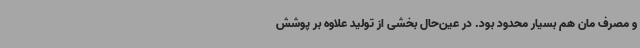
و مصرف مان هم بسیار محدود بود. در عین‌حال بخشی از تولید علاوه بر پوشش